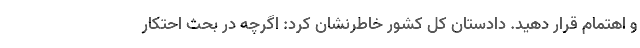
و اهتمام قرار دهید. دادستان کل کشور خاطرنشان کرد: اگرچه در بحث احتکار